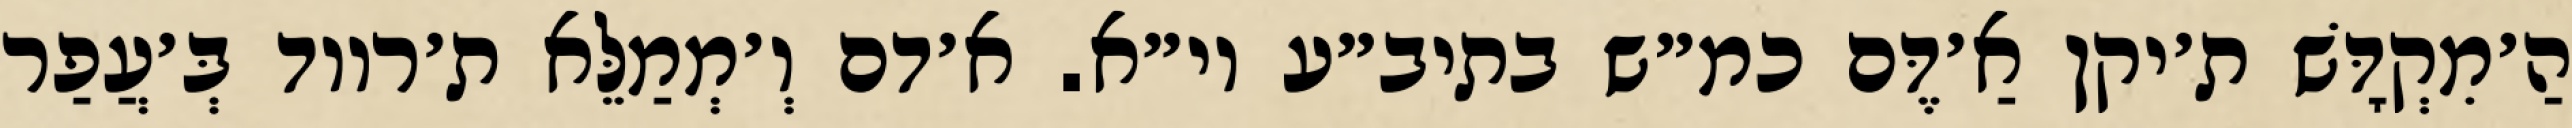
הַ׳מִקְדָּשׁ ת׳יקן אַ׳דֶּם כמ״ש בתיב״ע וי״א. א׳דם וְ׳מְמַלֵּא ת׳רווד בְּ׳עֲפַר